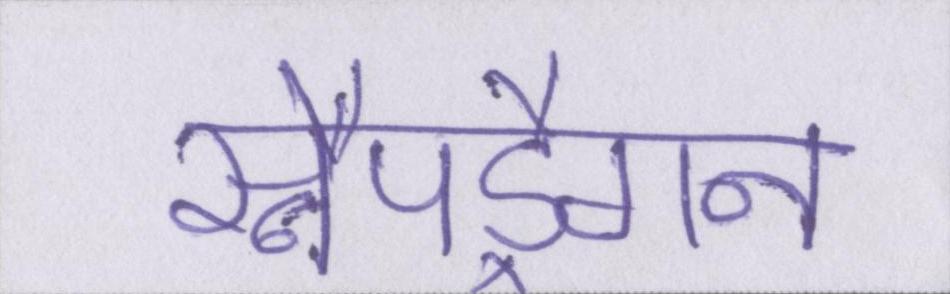
स्नैपड्रैगन